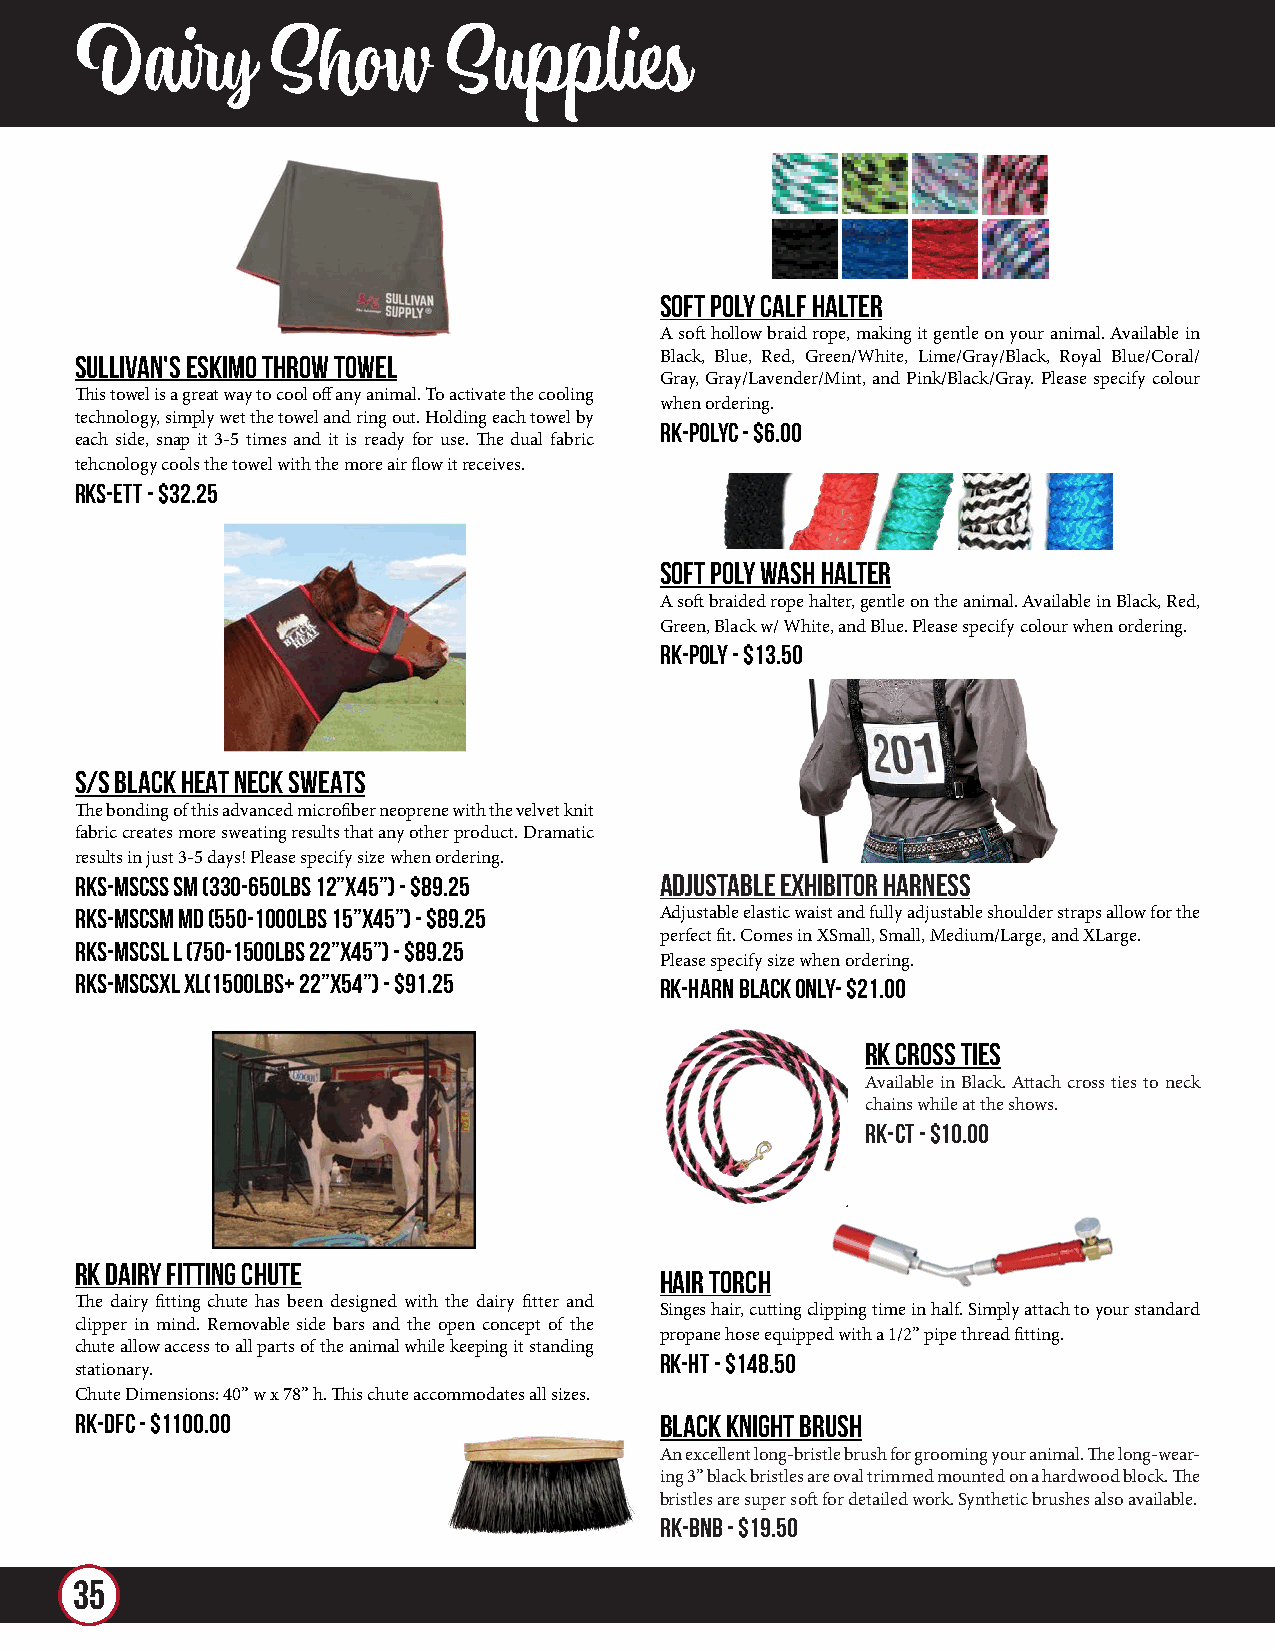
Dairy        Show       Supplies
 SOFT POLY CALF HALTER
 A soft hollow braid rope, making it gentle on your animal. Available in
 Sullivan's Eskimo Throw Towel          Black, Blue, Red, Green/White, Lime/Gray/Black, Royal Blue/Coral/
 Gray, Gray/Lavender/Mint, and Pink/Black/Gray. Please specify colour
 This towel is a great way to cool off any animal. To activate the cooling
 when ordering.
 technology, simply wet the towel and ring out. Holding each towel by
 RK-POLYC - $6.00
 each side, snap it 3-5 times and it is ready for use. The dual fabric
 tehcnology cools the towel with the more air flow it receives.
 RKS-ETT - $32.25
 SOFT POLY WASH HALTER
 A soft braided rope halter, gentle on the animal. Available in Black, Red,
 Green, Black w/ White, and Blue. Please specify colour when ordering.
 RK-POLY - $13.50
 S/S BLACK HEAT NECK SWEATS
 The bonding of this advanced microfiber neoprene with the velvet knit
 fabric creates more sweating results that any other product. Dramatic
 results in just 3-5 days! Please specify size when ordering.
 RKS-MSCSS SM (330-650lbs 12”x45”) - $89.25 Adjustable Exhibitor Harness
 RKS-MSCSM MD (550-1000lbs 15”x45”) - $89.25 Adjustable elastic waist and fully adjustable shoulder straps allow for the
 perfect fit. Comes in XSmall, Small, Medium/Large, and XLarge.
 RKS-MSCSL L (750-1500lbs 22”x45”) - $89.25
 Please specify size when ordering.
 RKS-MSCSXL XL(1500lbs+ 22”x54”) - $91.25 RK-HARN Black Only- $21.00
 RK CROSS TIES
 Available in Black. Attach cross ties to neck
 chains while at the shows.
 RK-CT - $10.00
 RK DAiry fitting chute
 HAIR TORCH
 The dairy fitting chute has been designed with the dairy fitter and
 Singes hair, cutting clipping time in half. Simply attach to your standard
 clipper in mind. Removable side bars and the open concept of the
 propane hose equipped with a 1/2” pipe thread fitting.
 chute allow access to all parts of the animal while keeping it standing
 RK-HT - $148.50
 stationary.
 Chute Dimensions: 40” w x 78” h. This chute accommodates all sizes.
 RK-DFC - $1100.00                      BLACK KNIGHT BRUSH
 An excellent long-bristle brush for grooming your animal. The long-wear-
 ing 3” black bristles are oval trimmed mounted on a hardwood block. The
 bristles are super soft for detailed work. Synthetic brushes also available.
 RK-BNB - $19.50
 35